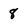
Character: 8